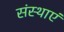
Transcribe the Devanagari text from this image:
संस्थाएं